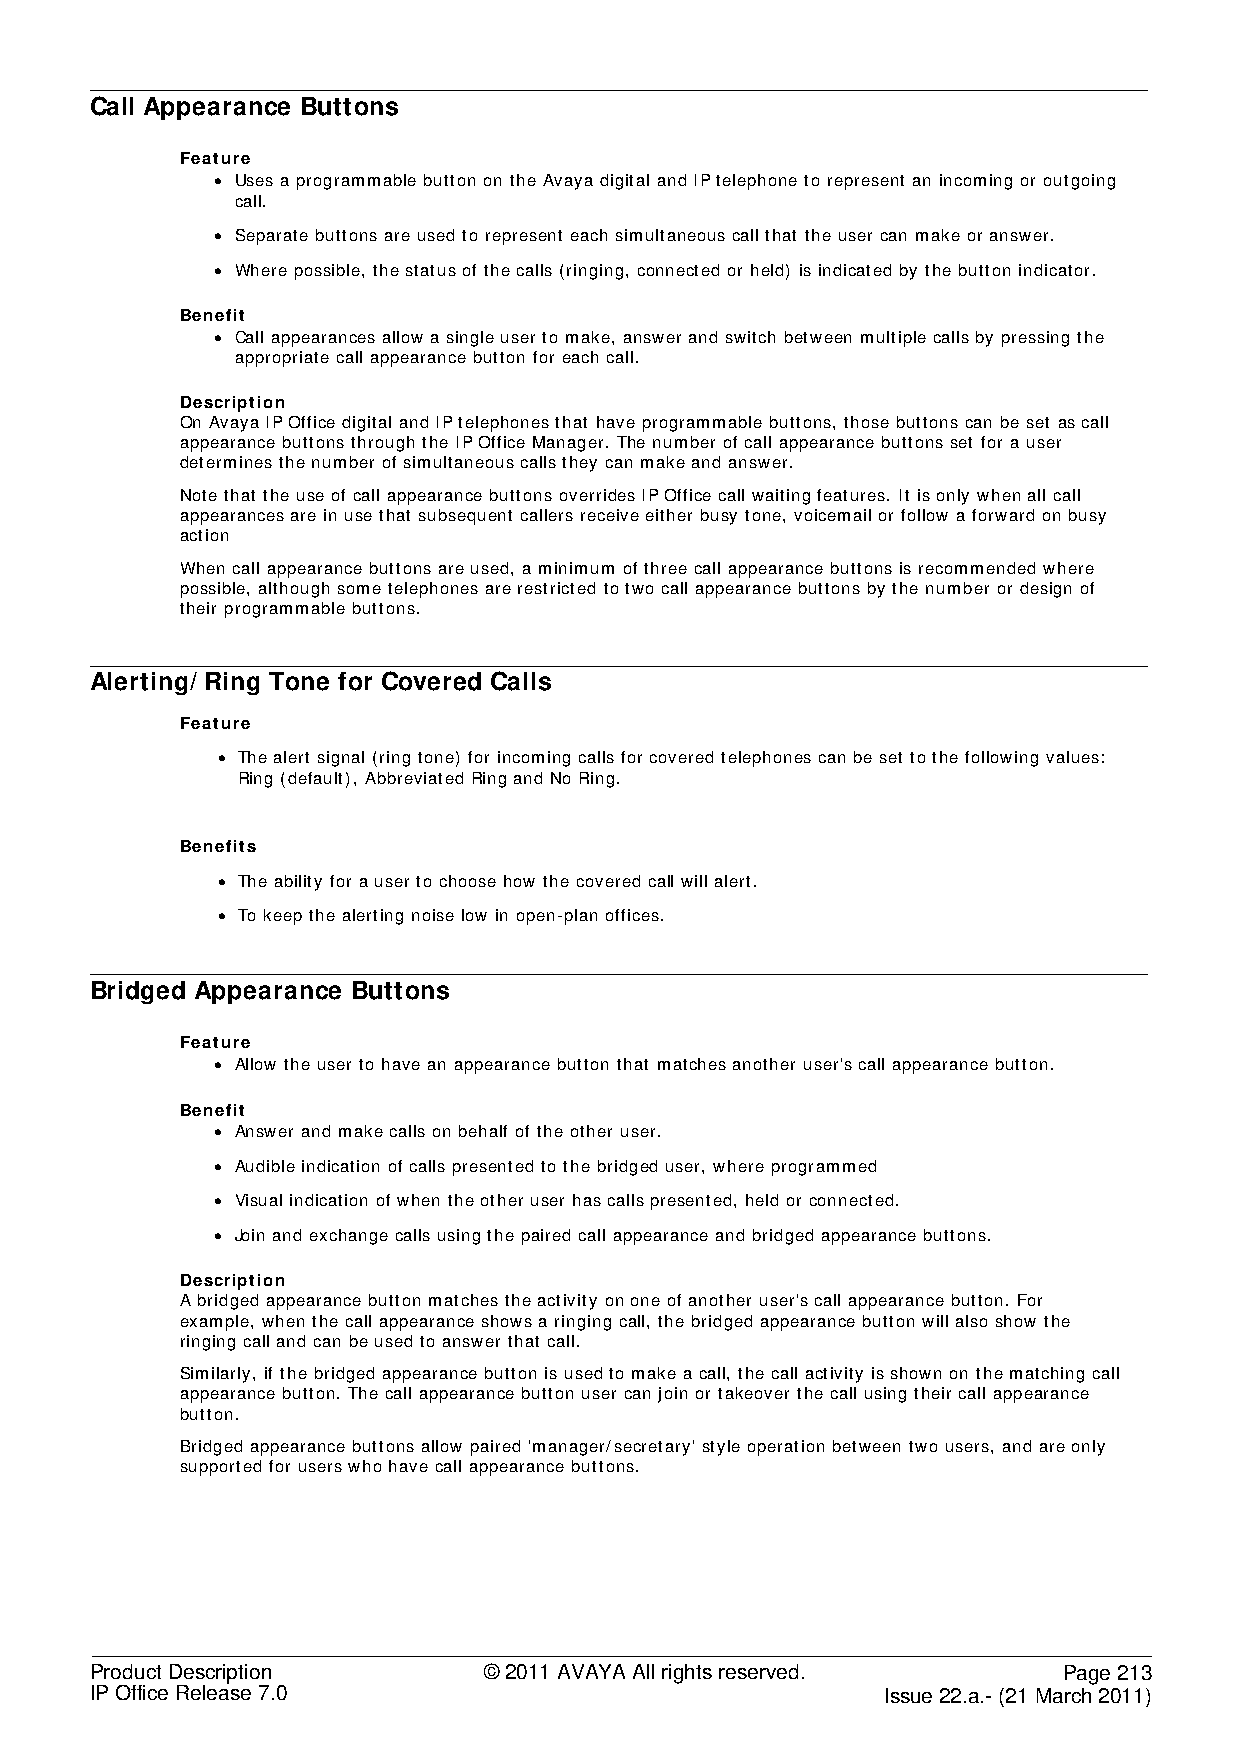
Call Appearance Buttons
 Feature
 • Uses a programmable button on the Avaya digital and IP telephone to represent an incoming or outgoing
 call.
 • Separate buttons are used to represent each simultaneous call that the user can make or answer.
 • Where possible, the status of the calls (ringing, connected or held) is indicated by the button indicator.
 Benefit
 • Call appearances allow a single user to make, answer and switch between multiple calls by pressing the
 appropriate call appearance button for each call.
 Description
 On Avaya IP Office digital and IP telephones that have programmable buttons, those buttons can be set as call
 appearance buttons through the IP Office Manager. The number of call appearance buttons set for a user
 determines the number of simultaneous calls they can make and answer.
 Note that the use of call appearance buttons overrides IP Office call waiting features. It is only when all call
 appearances are in use that subsequent callers receive either busy tone, voicemail or follow a forward on busy
 action
 When call appearance buttons are used, a minimum of three call appearance buttons is recommended where
 possible, although some telephones are restricted to two call appearance buttons by the number or design of
 their programmable buttons.
 Alerting/ Ring Tone for Covered Calls
 Feature
 • The alert signal (ring tone) for incoming calls for covered telephones can be set to the following values:
 Ring (default), Abbreviated Ring and No Ring.
 Benefits
 • The ability for a user to choose how the covered call will alert.
 • To keep the alerting noise low in open-plan offices.
 Bridged Appearance Buttons
 Feature
 • Allow the user to have an appearance button that matches another user's call appearance button.
 Benefit
 • Answer and make calls on behalf of the other user.
 • Audible indication of calls presented to the bridged user, where programmed
 • Visual indication of when the other user has calls presented, held or connected.
 • Join and exchange calls using the paired call appearance and bridged appearance buttons.
 Description
 A bridged appearance button matches the activity on one of another user's call appearance button. For
 example, when the call appearance shows a ringing call, the bridged appearance button will also show the
 ringing call and can be used to answer that call.
 Similarly, if the bridged appearance button is used to make a call, the call activity is shown on the matching call
 appearance button. The call appearance button user can join or takeover the call using their call appearance
 button.
 Bridged appearance buttons allow paired 'manager/secretary' style operation between two users, and are only
 supported for users who have call appearance buttons.
 Product Description       © 2011 AVAYA All rights reserved.     Page 213
 IP Office Release 7.0                                Issue 22.a.- (21 March 2011)